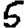
Digit: 5